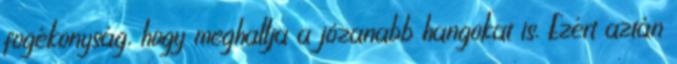
fogékonyság, hogy meghallja a józanabb hangokat is. Ezért aztán